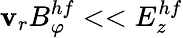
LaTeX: \mathbf{v}_{r}B_{\varphi}^{hf}<<E_{z}^{hf}